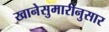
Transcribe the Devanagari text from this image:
खानेसुमारीनुसार